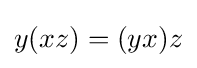
y(xz)=(yx)z